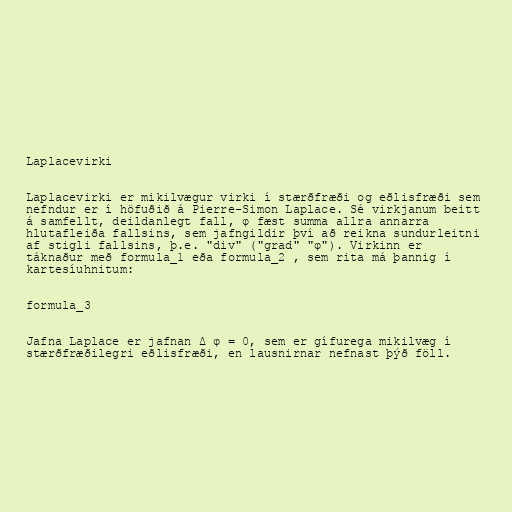
Laplacevirki

Laplacevirki er mikilvægur virki í stærðfræði og eðlisfræði sem
nefndur er í höfuðið á Pierre-Simon Laplace. Sé virkjanum beitt
á samfellt, deildanlegt fall, φ fæst summa allra annarra
hlutafleiða fallsins, sem jafngildir því að reikna sundurleitni
af stigli fallsins, þ.e. "div" ("grad" "φ"). Virkinn er
táknaður með formula_1 eða formula_2 , sem rita má þannig í
kartesíuhnitum:

formula_3

Jafna Laplace er jafnan Δ φ = 0, sem er gífurega mikilvæg í
stærðfræðilegri eðlisfræði, en lausnirnar nefnast þýð föll.